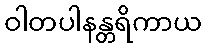
ဝါတပါနန္တရိကာယ